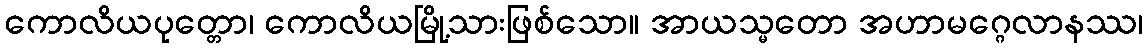
ကောလိယပုတ္တော၊ ကောလိယမြို့သားဖြစ်သော။ အာယသ္မတော အဟာမဂ္ဂေလာနဿ၊